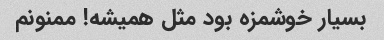
بسیار خوشمزه بود مثل همیشه! ممنونم